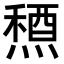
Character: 𥡤